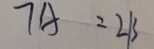
7 A = 2 B